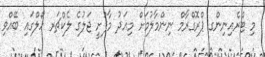
މި ޓްރެއިނިންގ ޕްރޮގްރާމް ނިންމާލުމަށް މިއަދު މާފުށީ ޖަލުގެ ލެކްޗަރ ހޯލްގައި ބޭއްވި